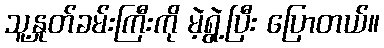
သူ့နှုတ်ခမ်းကြီးကို မဲ့ရွဲ့ပြီး ပြောတယ်။